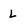
Character: l